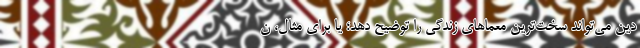
دین می‌تواند سخت‌ترین معماهای زندگی را توضیح دهد؛ یا برای مثال، ن